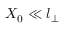
X _ { 0 } \ll l _ { \perp }